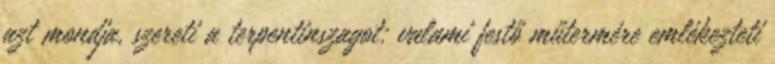
azt mondja, szereti a terpentinszagot: valami festő műtermére emlékezteti